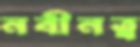
নবীনত্ব